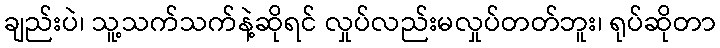
ချည်းပဲ၊ သူ့သက်သက်နဲ့ဆိုရင် လှုပ်လည်းမလှုပ်တတ်ဘူး၊ ရုပ်ဆိုတာ